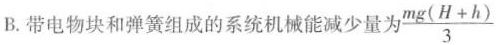
B.带电物块和弹簧组成的系统机械能减少量为 \frac{mg(H+h)}{3}